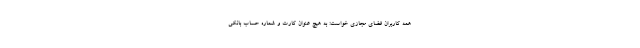
همه کاربران فضای مجازی خواست: به هیچ عنوان کارت و شماره حساب بانکی